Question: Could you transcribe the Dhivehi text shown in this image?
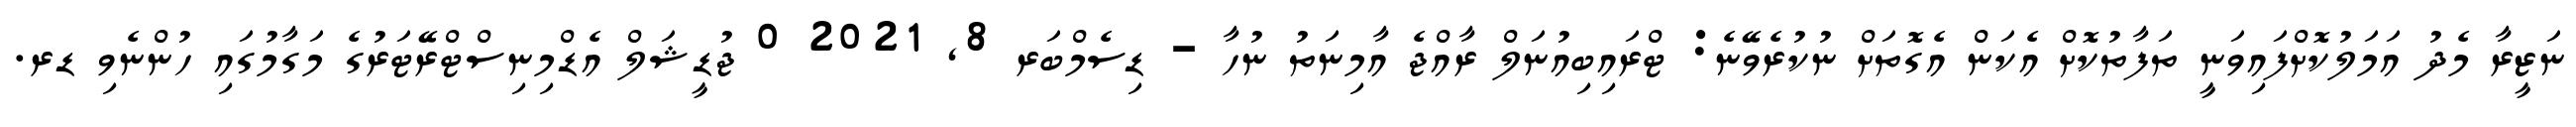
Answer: ނަޒީރާ މެދު އަމަލުކޮށްފައިވަނީ ތަފާތުކޮށް އެކަން އެގޮތަށް ނުކުރެވޭނެ: ޓްރައިބިއުނަލް ރާއްޖެ އާމިނަތު ނުހާ - ޑިސެމްބަރ 8, 2021 0 ޖުޑީޝަލް އެޑްމިނިސްޓްރޭޓަރުގެ މަގާމުގައި ހުންނެވި ޑރ.